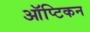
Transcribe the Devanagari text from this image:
ऑप्टिकन